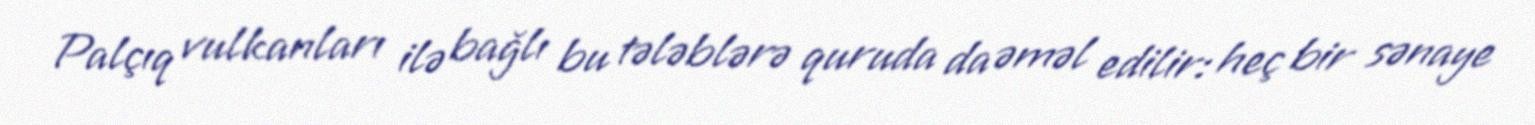
Palçıq vulkanları ilə bağlı bu tələblərə quruda da əməl edilir: heç bir sənaye